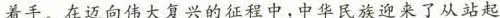
着手。在迈向伟大复兴的征程中，中华民族迎来了从站起